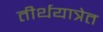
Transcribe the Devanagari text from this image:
तीर्थयात्रेत